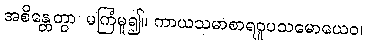
အစိန္တေတွာ၊ မကြံမူ၍။ ကာယသမာစာရဝူပသမောယေဝ၊